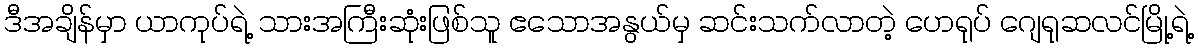
ဒီအချိန်မှာ ယာကုပ်ရဲ့ သားအကြီးဆုံးဖြစ်သူ ဧသောအနွယ်မှ ဆင်းသက်လာတဲ့ ဟေရုပ် ဂျေရုဆလင်မြို့ရဲ့